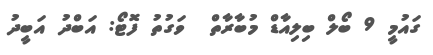
ގައުމީ 9 ބޯލް ބިލިއާޑް މުބާރާތް  ވަގުތު ފޮޓޯ: އަބްދު އަބީދު